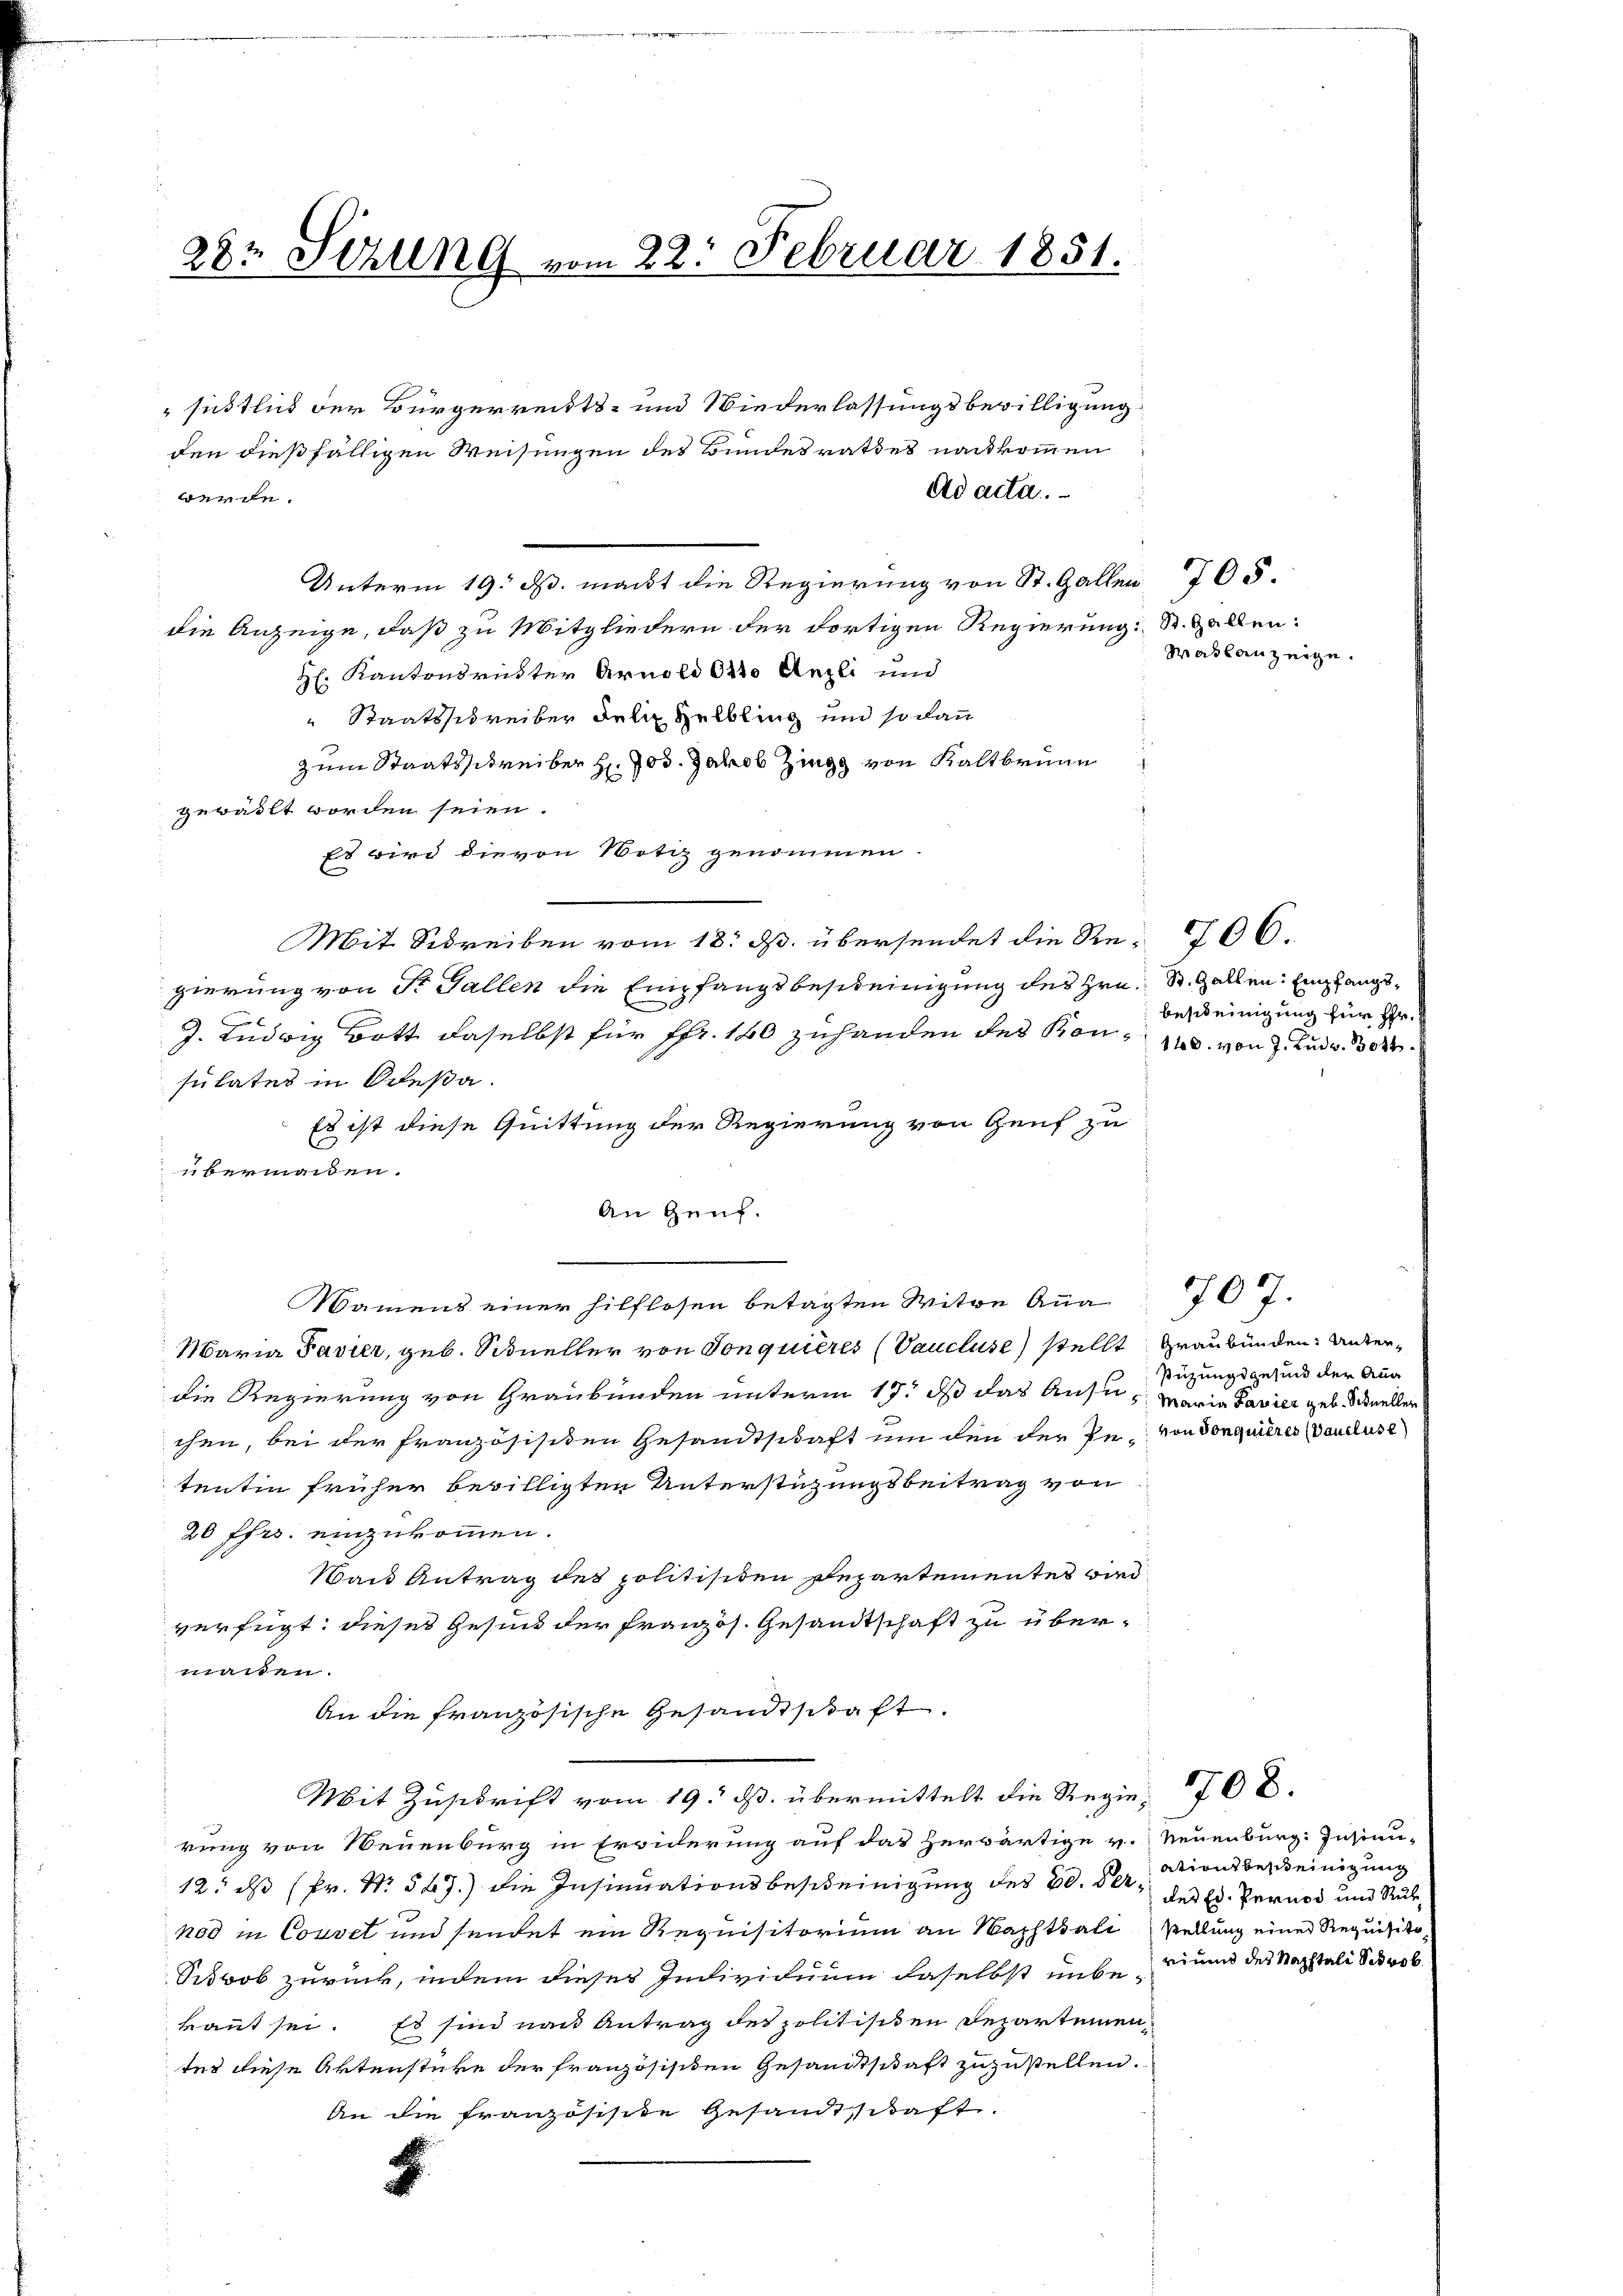
28. Sizung vom 22. Februar 1851.

" sichtlich der Bürgerreitts- und Niederlassungsbewilligung
den dießfälligen Weisungen des Bundesrathes nachkommen
ad acta.
werde.
Unterm 19. ds. macht die Regierung von St. Gallen 705.
die Anzeige, daß zu Mitgliedern der dortigen Regierung: St. Gallen:
H. Kantonsrüster Arnold Otto Anzli und
Staatsschreiber des Helbling und so dann
zum Staatsschreiber H. Jos. Jakob Zingg von Kaltbrunn
geweilt worden seien.
Es wird die von Notiz genommen
Brenn
Mit Schreiben vom 18. ds. übersendet die Re- 706.
zierung von Dr Fallen die Empfangsbescheinigung des Hrn. St. Gallen Empfangs¬
J. Ludwig Bott daselbst für Fr. 160 zuhanden des Kon- 1. von J. Rud. 308.
sulates in Odeßa.
Es ist diese Quittung der Regierung von Genf zu
 übermaiden.
An Genf.
Namens einer hilflosen betagten Witwe Ana
Maria Pavier, geb. Sidueller von Sonquières (Vaucluse stellt
die Regierung von Graubünden unterm 17t d das Ansi, Maria Bavier geb. Schnellen
chen, bei der französisiden Gesandtschaft um den der Pe-von Sonquieres Pauluse
tentin früher bewilligten Unterstüzungsbeitrag von
20 ffrs. einzukommen.
Wand Antrag des politisiten Departementes wird
verfügt: dieses Gesind der französ. Gesandtschaft zu übermassen.
An die französische Gesandtschaft.
Mit Zuschrift vom 19. d. übermittelt die Regiekung von Neuenburg in Erwiderung auf das herwärtige v. Neuenburg: Insinui-
12. ds Fr. No. 547.) die Insinuationsbescheinigung des 20. Vernod in Convet und sendet ein Requisitorium an Wachtsali stellung einer Requisito
Sibob zurück, indem dieses Individuum daselbst unbe-
kannt sei. Es sind nach Antrag des politisiten Departemen
tes diese Aktenstücke der französischen Gesandtschaft zuzustellen.
An die Französisite Gesandtschaft.
2

Mailanzeige.

bescheinigung für Hr.

Graubünden: Untersüzungsgesund der Aug

707.

708.

ationsbescheinigung
des Ed. Pernos und Rukriums des Kapitali Schrob.